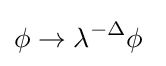
\phi \rightarrow \lambda ^{-\Delta }\phi ~